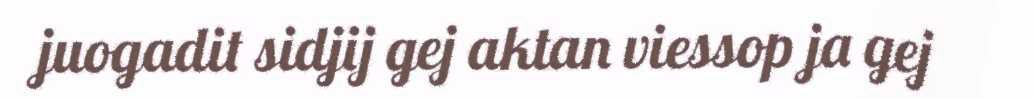
juogadit sidjij gej aktan viessop ja gej